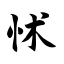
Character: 怵